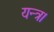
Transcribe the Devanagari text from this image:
यन्त्र।